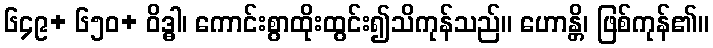
၆၄၉+ ၆၅၀+ ဝိဒ္ဓါ၊ ကောင်းစွာထိုးထွင်း၍သိကုန်သည်။ ဟောန္တိ၊ ဖြစ်ကုန်၏။